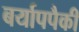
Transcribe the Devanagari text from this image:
बर्यापपैकी